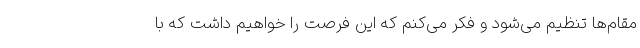
مقام‌ها تنظیم می‌شود و فکر می‌کنم که این فرصت را خواهیم داشت که با